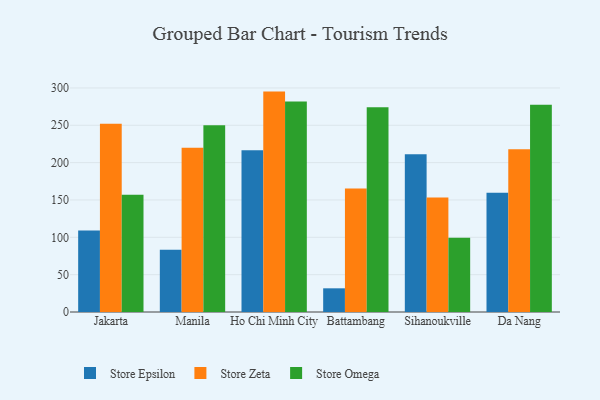
{"axis": {"x": "City", "y": "Conversion Rate (%)"}, "legend": ["Store Epsilon", "Store Omega", "Store Zeta"], "data": [{"x": "Jakarta", "y": 109.2, "type": "Store Epsilon"}, {"x": "Jakarta", "y": 252.2, "type": "Store Zeta"}, {"x": "Jakarta", "y": 156.9, "type": "Store Omega"}, {"x": "Manila", "y": 83.4, "type": "Store Epsilon"}, {"x": "Manila", "y": 220.0, "type": "Store Zeta"}, {"x": "Manila", "y": 249.9, "type": "Store Omega"}, {"x": "Ho Chi Minh City", "y": 216.6, "type": "Store Epsilon"}, {"x": "Ho Chi Minh City", "y": 295.1, "type": "Store Zeta"}, {"x": "Ho Chi Minh City", "y": 281.8, "type": "Store Omega"}, {"x": "Battambang", "y": 31.7, "type": "Store Epsilon"}, {"x": "Battambang", "y": 165.3, "type": "Store Zeta"}, {"x": "Battambang", "y": 274.0, "type": "Store Omega"}, {"x": "Sihanoukville", "y": 211.3, "type": "Store Epsilon"}, {"x": "Sihanoukville", "y": 153.3, "type": "Store Zeta"}, {"x": "Sihanoukville", "y": 99.4, "type": "Store Omega"}, {"x": "Da Nang", "y": 159.5, "type": "Store Epsilon"}, {"x": "Da Nang", "y": 217.9, "type": "Store Zeta"}, {"x": "Da Nang", "y": 277.6, "type": "Store Omega"}]}